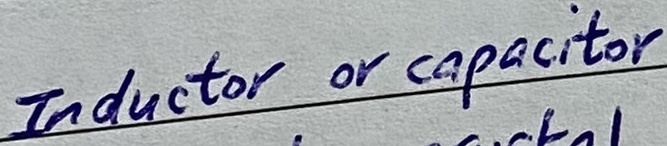
Text: Inductor or capacitor